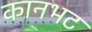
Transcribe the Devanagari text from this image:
कानभट